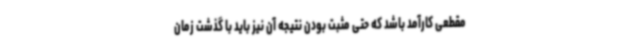
مقطعی کارآمد باشد که حتی مثبت بودن نتیجه آن نیز باید با گذشت زمان